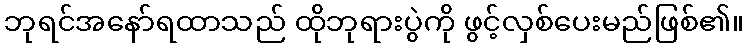
ဘုရင်အနော်ရထာသည် ထိုဘုရားပွဲကို ဖွင့်လှစ်ပေးမည်ဖြစ်၏။